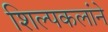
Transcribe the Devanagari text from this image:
शिल्पकलांने